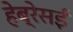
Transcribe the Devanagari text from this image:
हेब्रेसई